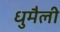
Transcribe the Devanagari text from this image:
धुमैली